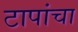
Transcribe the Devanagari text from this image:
टापांचा